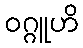
ဝဂ္ဂူဟိ